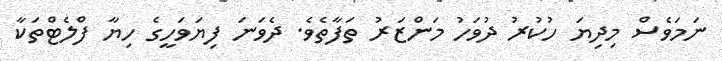
ނަމަވެސް މިދިޔަ ހުކުރު ދުވަހު މަންޒަރު ތަފާތެވެ. ދެވަނަ ފިޔަވަހީގެ ހިޔާ ފްލެޓްތަކާ